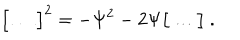
LaTeX: \bigl [ \, \ldots \, \bigr ] ^ { 2 } = - \Psi ^ { 2 } - 2 \Psi \bigl [ \, \ldots \, \bigr ] \ .